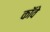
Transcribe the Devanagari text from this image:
कॉवे